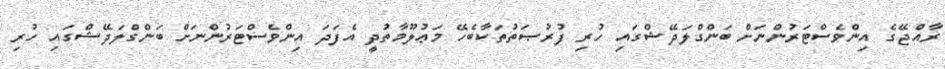
ރާއްޖޭގެ އިންވެސްޓަރުންނަށް ބަންގްލަދޭޝްގައި ހުރި ފުރުޞަތުތަކާބެހޭ މަޢުލޫމާތުދީ އެފަދަ އިންވެސްޓަރުންނަށް ބަންގްލަދޭޝްގައި ހުރި